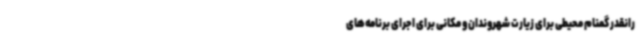
رانقدر گمنام محیطی برای زیارت شهروندان و مکانی برای اجرای برنامه‌های